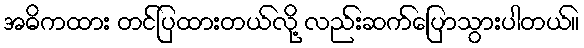
အဓိကထား တင်ပြထားတယ်လို့ လည်းဆက်ပြောသွားပါတယ်။